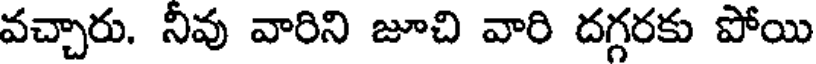
వచ్చారు. నీవు వారిని జూచి వారి దగ్గరకు పోయి